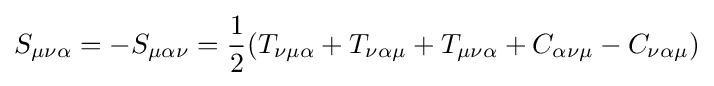
S_{\mu \nu \alpha }=-S_{\mu \alpha \nu }={\frac {1}{2}}(T_{\nu \mu \alpha }+T_{\nu \alpha \mu }+T_{\mu \nu \alpha }+C_{\alpha \nu \mu }-C_{\nu \alpha \mu })